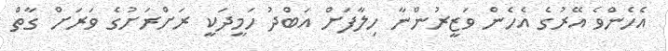
އެހެންވެ އޭރުގެ އެހެން ވަޒީރުންނާ ހިލާފަށް އަބްދު ހަމީދަކީ ރަށްރަށުގެ ވަރަށް ގާތް